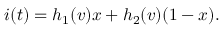
i ( t ) = h _ { 1 } ( v ) x + h _ { 2 } ( v ) ( 1 - x ) .